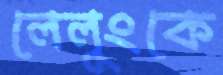
লেলুংকে